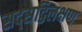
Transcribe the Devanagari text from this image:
सद्सद्विलक्षण